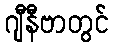
ဂျီနီဗာတွင်